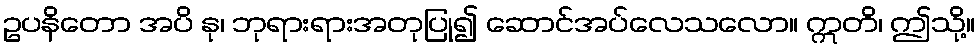
ဥပနိတော အပိ နု၊ ဘုရားရားအတုပြု၍ ဆောင်အပ်လေသလော။ ဣတိ၊ ဤသို့။